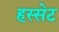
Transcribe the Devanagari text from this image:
हस्सेट